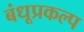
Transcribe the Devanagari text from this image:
बंधूप्रकल्प